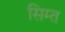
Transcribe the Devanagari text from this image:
सिम्त